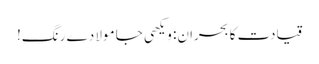
قیادت کا بحران: ویکھی جا مولا دے رنگ!